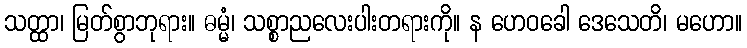
သတ္ထာ၊ မြတ်စွာဘုရား။ ဓမ္မံ၊ သစ္စာညလေးပါးတရားကို။ န ဟေဝခေါ ဒေသေတိ၊ မဟော။